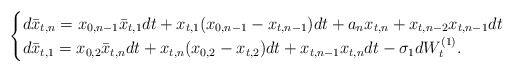
\begin{align*}\begin{cases}d\bar{x}_{t,n} = x_{0,n-1}\bar{x}_{t,1} dt + x_{t,1}(x_{0,n-1} - x_{t,n-1})dt + a_n x_{t,n} + x_{t,n-2}x_{t,n-1}dt \\ d\bar{x}_{t,1} = x_{0,2}\bar{x}_{t,n}dt + x_{t,n}(x_{0,2} - x_{t,2})dt + x_{t,n-1}x_{t,n}dt - \sigma_1 dW_t^{(1)}.\end{cases}\end{align*}